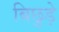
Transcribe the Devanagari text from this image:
बिछुड़े